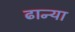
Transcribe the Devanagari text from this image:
ढान्या